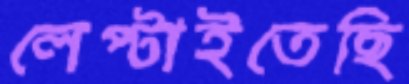
লেপ্‌টাইতেছি